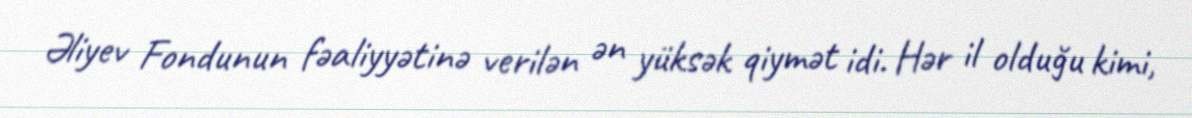
Əliyev Fondunun fəaliyyətinə verilən ən yüksək qiymət idi. Hər il olduğu kimi,